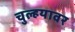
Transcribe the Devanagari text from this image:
चुल्हयावर